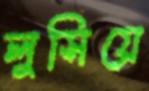
লুসিয়ে